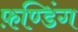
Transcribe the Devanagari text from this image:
फ़ण्डिंग